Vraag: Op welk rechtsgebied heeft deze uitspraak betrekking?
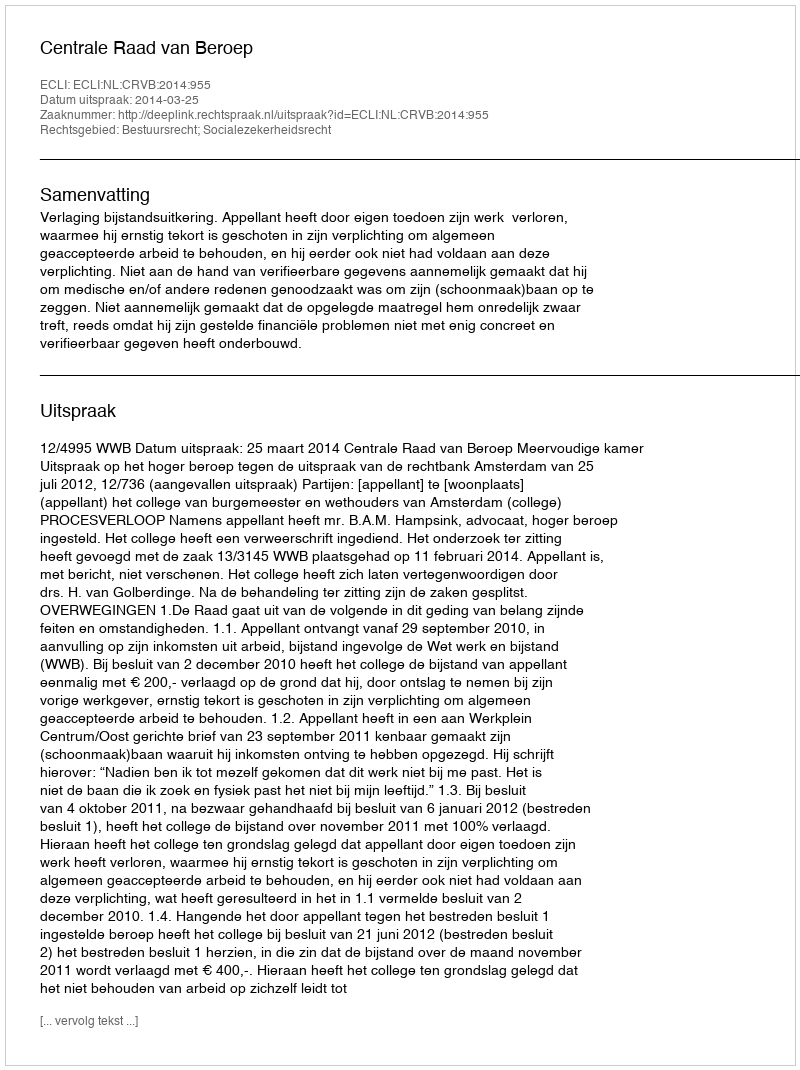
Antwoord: Bestuursrecht; Socialezekerheidsrecht